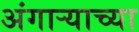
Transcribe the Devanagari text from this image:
अंगार्‍याच्या